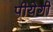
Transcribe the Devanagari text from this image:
पीयेगी